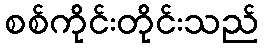
စစ်ကိုင်းတိုင်းသည်